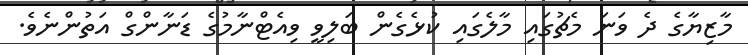
މާޒިޔާގެ ދެ ވަނަ މެޗުގައި މާލެގައި ކުޅެގެން ބަލިވީ ވިއެޓްނާމުގެ ޑަނާންގް އަތުންނެވެ.